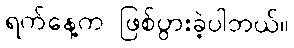
ရက်နေ့က ဖြစ်ပွားခဲ့ပါတယ်။